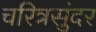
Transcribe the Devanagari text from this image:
चरित्रसुंदर